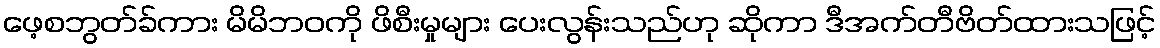
ဖေ့စဘွတ်ခ်ကား မိမိဘဝကို ဖိစီးမှုများ ပေးလွန်းသည်ဟု ဆိုကာ ဒီအက်တီဗိတ်ထားသဖြင့်